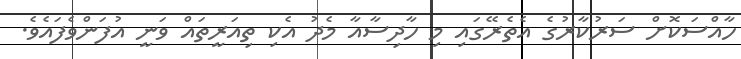
ހާއްސަކޮށް ސަރުކާރުގެ އެތެރޭގައި މި ހާދިސާއާ މެދު އެކި ތިއަރީތައް ވަނީ އުފަންވެފައެވެ.